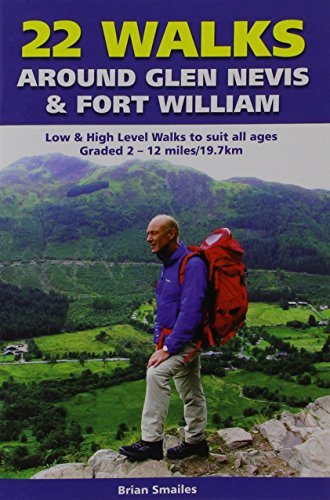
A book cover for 22 Walks Around Glen Nevis & Fort William: Low & High Level Walks to Suit All Ages; Brian Gordon Smailes; Travel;